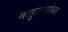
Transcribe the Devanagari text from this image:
माहुतासोबत